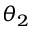
\theta _ { 2 }